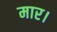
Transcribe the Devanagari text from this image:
मार।